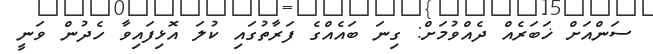
ސަންއަށް ޚަބަރެއް ދެއްވުމަށް: ގިނަ ބައެއްގެ ފަރާތުގައި ކުލަ އޮޅިފައިވާ ހެދުން ވަނީ